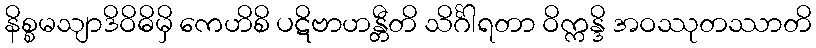
နိစ္စမသျာဒိဝိဓိမှိ ကေဟိစိ ပဋိဗာဟန္တီတိ သိင်္ဂါရတာ ဝိက္ကန္ဒိ အဝဿုတဿာတိ